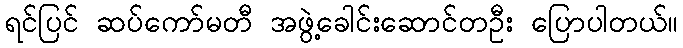
ရင်ပြင် ဆပ်ကော်မတီ အဖွဲ့ခေါင်းဆောင်တဦး ပြောပါတယ်။